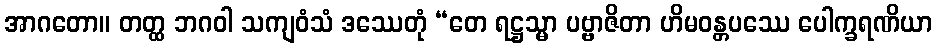
အာဂတော။ တတ္ထ ဘဂဝါ သကျဝံသံ ဒဿေတုံ “တေ ရဋ္ဌသ္မာ ပဗ္ဗာဇိတာ ဟိမဝန္တပဿေ ပေါက္ခရဏိယာ